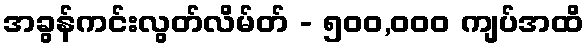
အခွန်ကင်းလွတ်လိမ်တ် - ၅၀၀,၀၀၀ ကျပ်အထိ